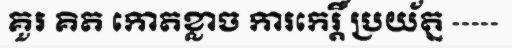
គួរ គិត កោតខ្លាច ការកេរ្តិ៍ ប្រយ័ត្ន -----